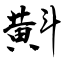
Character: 斢